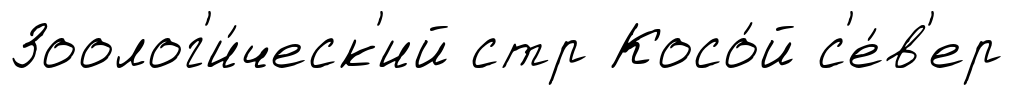
Зоолог'и́ческ'ий стр Косо́й с'е́в'ер